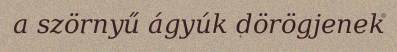
a szörnyű ágyúk dörögjenek